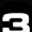
Digit: 3